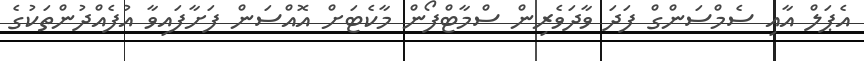
އެޕަލް އާއި ސެމްސަންގް ފަދަ ވާދަވެރިން ސްމާޓްފޯން މާކެޓަށް އޮއްސަން ފަށާފައިވާ އުފެއްދުންތަކުގެ